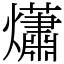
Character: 𤑳